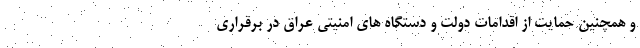
و همچنین حمایت از اقدامات دولت و دستگاه های امنیتی عراق در برقراری